Civil Veterinary Dept. Bombay admin report 1914-1922 - 1914-1922
Year: 1914
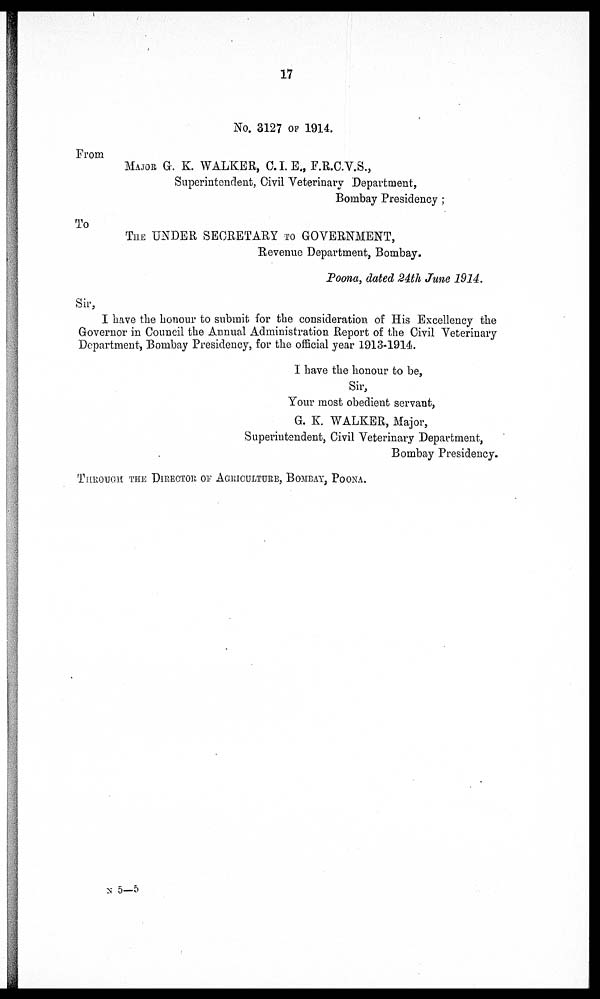
17
No. 3127 OF 1914.
From
MAJOR G. K. WALKER, C.I.E., F.R.C.V.S.,
Superintendent, Civil Veterinary Department,
Bombay Presidency ;
To
THE UNDER SECRETARY TO GOVERNMENT,
Revenue Department, Bombay.
Poona, dated 24th June 1914.
Sir,
I have the honour to submit for the consideration of His Excellency the
Governor in Council the Annual Administration Report of the Civil Veterinary
Department, Bombay Presidency, for the official year 1913-1914.
I have the honour to be,
Sir,
Your most obedient servant,
G. K. WALKER, Major,
Superintendent, Civil Veterinary Department,
Bombay Presidency.
THROUGH THE DIRECTOR or AGRICULTURE, BOMBAY, POONA
N 5—5